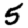
Digit: 5